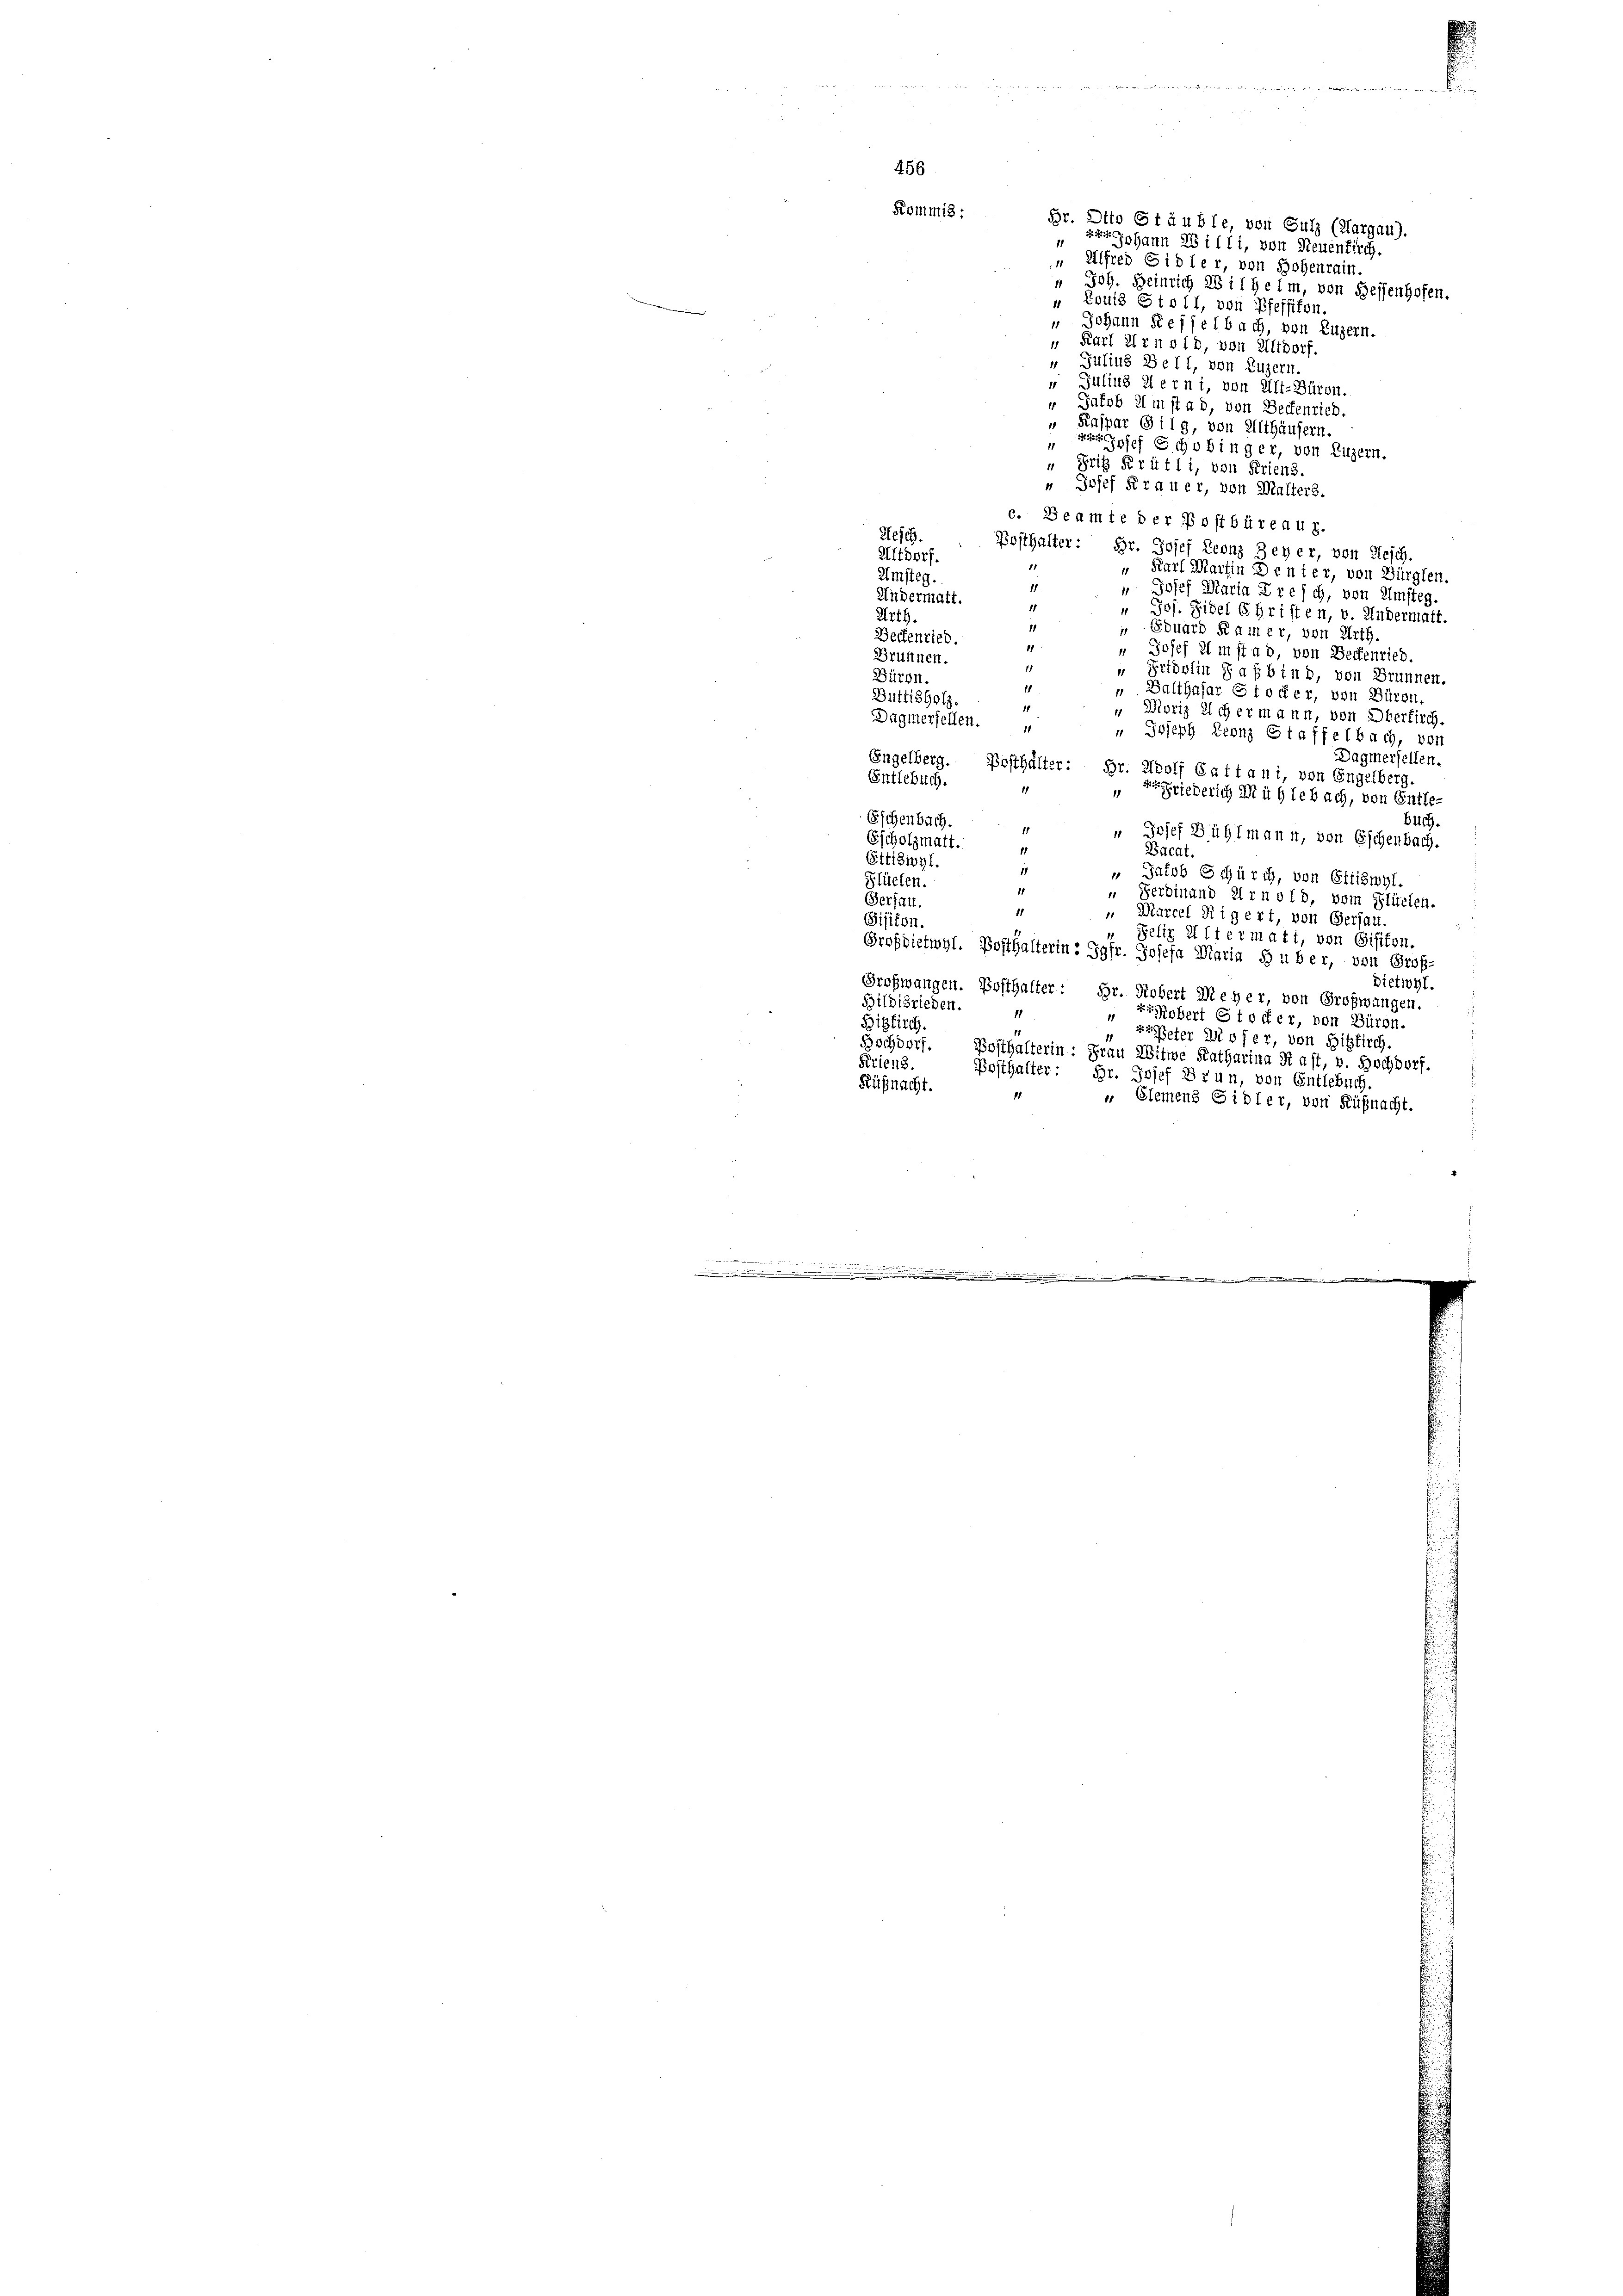
Br. Otto Stäuble, von Sulz (Aargau).
r Johann 28 illi, von Neuenkirch.
„ Alfred Sidler, von Hohenrain.
" Joh. Heinrich Wilhelm, von Sessenhofen.
“ Louis Stoll, von Pfeffikon.
" Johann Reifelbach, von Luzern.
 Karl Arnold, von Altdorf.
Julius Bell, von Luzern.
 Julius Werni, von Alt-Büron.
“ Jakob im stad, von Beckenrich.
" Kaspar Gilg, von Althäusern.
1
psef Schobinger, von Luzern.
Frig Perütli, von Friens.
" Josef Frauer, von Malters.
c. Beamte der Postbüreaug.
Gesch.
Posthalter: Br. Josef Leonz Seyer, von Gesch.
1
Altdorf.
81
" Karl Martin Denier, von Bürglen.
Umsteg.
11.
 Josef Maria Treich, von Umsteg.
Andermatt.
11
 Jos. Sibel 6 Gristen, v. Andermatt.
Urth
d
 Eduard Kamer, von Urth
Beckenried.
11
" Josef 21 m stad, von Deckenried.
Brünnen.
1
 Fridolin Sabbind, von Brunnen.
Baron.
1
„ Balthasar Stoffer, von Büren.
Büttisholz.
5
 Moriz eich ermann, von Oberkirch.
Dagmeriellen.
 Joseph Leonz Staffelbach, vor
Engelberg
Dagmersellen.
Posthalter: Hr. Adolf Cattani, von Engelberg.
Entlebuch.
1
Efriederich in ich lebach, von Entle-
Eschenbach.
Buch.
" Josef Bühlmann, von Eschenbach.
Escholzmatt.
Bacat,
Sttiswyl.
" Jacob Schürch, von Ettiswyl.
Flüelen.
“ Ferdinand Arnold, vom Flüelen.
Gersau
1
 Marcel Rigert, von Gersau
Visiton.
Felix IIter matt, von Gisifen.
Grofdietwyl. Posthalterin: Jgfr. Josefa Diaria Huber, von Groß-
Dietwyl.
Großwangen. Bosthalter: Gr. Robert Meyer, von Großwangen.
Bilbisrieden.
Robert Stoffer, von Büron.
Bigfirch
prieter Dieser, von Hitzkirch.
Hochdorf. Bosthalterin: Frau Witwe Katharina Rast, v. Hochdorf.
Krienz.
Posthalter: Hr. Josef Drun, von Entlebuch.
Küßnacht.
1
„ Elemens Sidler, von Küßnacht.
.

456
Komm18:

F
d.